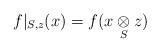
LaTeX: \begin{align*}f|_{S,z}(x) = f(x\underset{S}{\otimes} z)\end{align*}